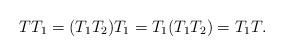
LaTeX: \begin{align*}TT_1 = (T_1T_2)T_1 =T_1(T_1T_2) = T_1T. \end{align*}